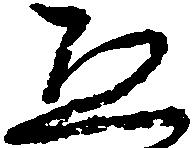
ゑ